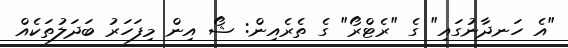
"އެ ހަނދާނުގައި" ގެ "ރެޓްރޯ" ގެ ތެރެއިން: ޝޯ އިން މިފަހަރު ބަދަލުތަކެއް